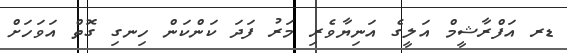
ޑރ އަފްރާޝީމް އަލީގެ އަނިޔާވެރި މަރު ފަދަ ކަންކަން ހިނގި ގޮތް އަވަހަށް